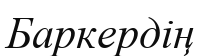
Баркердің